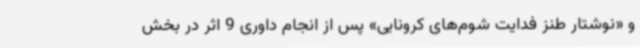
و «نوشتار طنز فدایت شوم‌های کرونایی» پس از انجام داوری 9 اثر در بخش